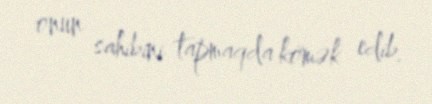
onun sahibini tapmaqda kömək edib.